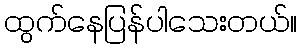
ထွက်နေပြန်ပါသေးတယ်။